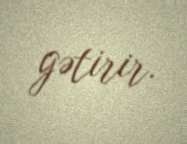
gətirir.